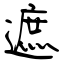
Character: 遮